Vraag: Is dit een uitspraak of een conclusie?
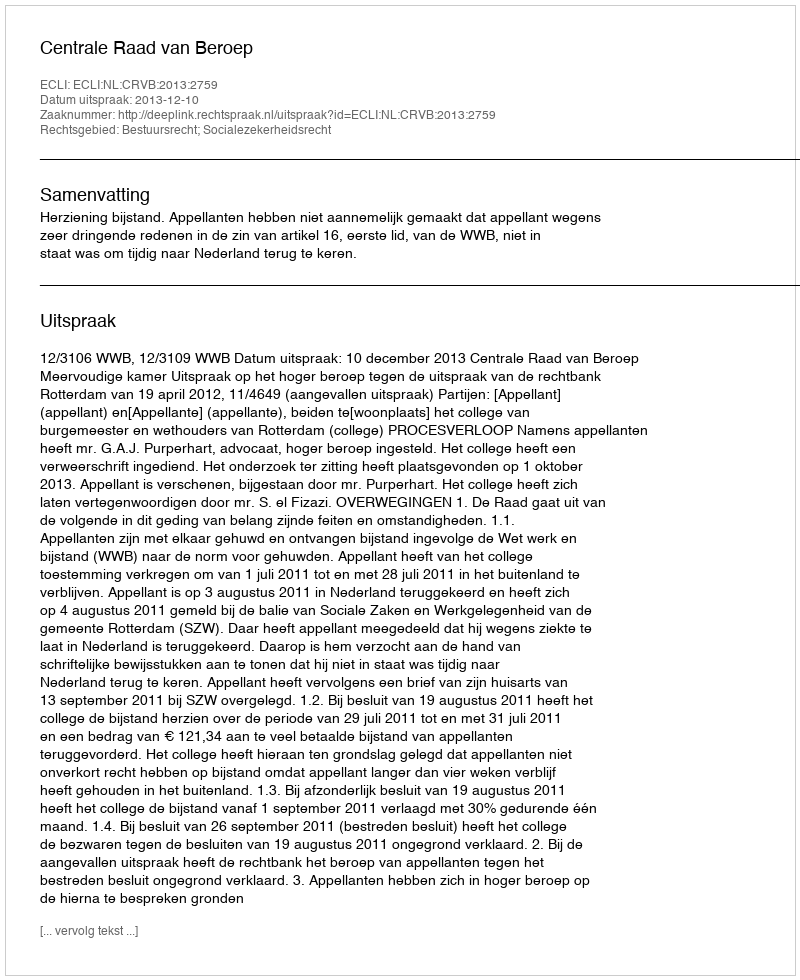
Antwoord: Uitspraak